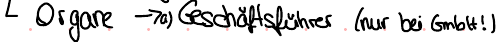
Organe -> Geschäftsführer (nur bei GmbH)